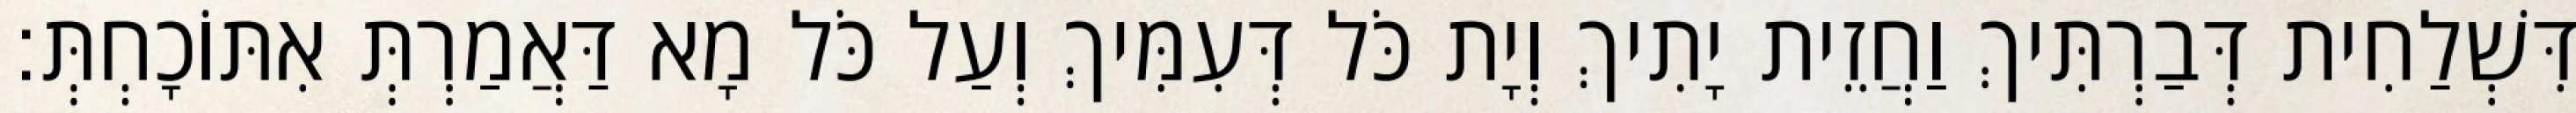
דִּשְׁלַחִית דְּבַרְתִּיךְ וַחֲזֵית יָתִיךְ וְיָת כֹּל דְּעִמִּיךְ וְעַל כֹּל מָא דַּאֲמַרְתְּ אִתּוֹכָחְתְּ׃